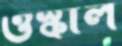
ওস্‌কাল